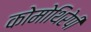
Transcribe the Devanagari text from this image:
कोमोथिरेपी